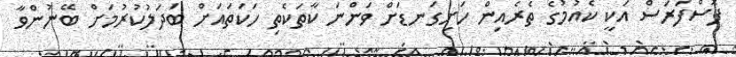
ފޮސްފަރަސް އަކީ ކެއުމުގެ ތެރެއިން ހަށިގަނޑަށް ވަންނަ ކާތަކެތި ހަކަތައަށް ބަދަލުކުރުމަށް ބޭނުންވާ